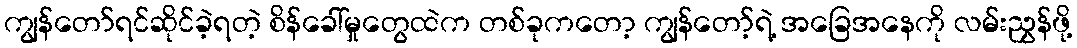
ကျွန်တော်ရင်ဆိုင်ခဲ့ရတဲ့ စိန်ခေါ်မှုတွေထဲက တစ်ခုကတော့ ကျွန်တော့်ရဲ့ အခြေအနေကို လမ်းညွှန်ဖို့